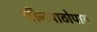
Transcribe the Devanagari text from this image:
चीनपाठोपाठ